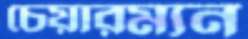
চেয়ারম্যন